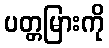
ပတ္တမြားကို